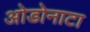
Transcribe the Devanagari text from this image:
ओडोनाटा